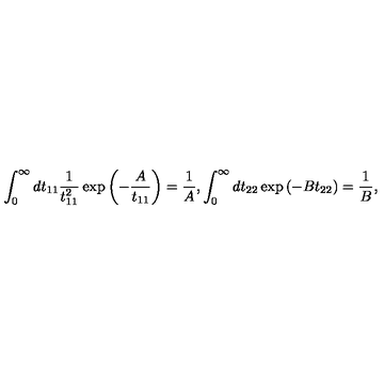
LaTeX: \int _ { 0 } ^ { \infty } d t _ { 1 1 } \frac { 1 } { t _ { 1 1 } ^ { 2 } } \exp \left( - \frac { A } { t _ { 1 1 } } \right) = \frac { 1 } { A } , \int _ { 0 } ^ { \infty } d t _ { 2 2 } \exp \left( - B t _ { 2 2 } \right) = \frac { 1 } { B } ,